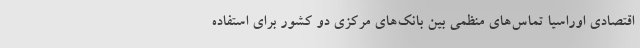
اقتصادی اوراسیا تماس‌های منظمی بین بانک‌های مرکزی دو کشور برای استفاده